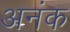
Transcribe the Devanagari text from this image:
अनंक